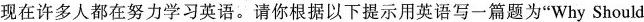
现在许多人都在努力学习英语。请你根据以下提示用英语写一篇题为”Why Should